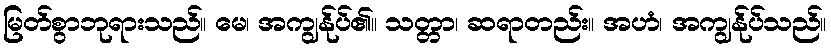
မြတ်စွာဘုရားသည်။ မေ၊ အကျွန်ုပ်၏။ သတ္တာ၊ ဆရာတည်း။ အဟံ၊ အကျွန်ုပ်သည်။